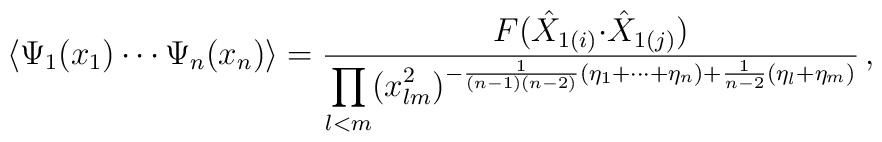
\langle \Psi_{1}(x_{1})\cdots\Psi_{n}(x_{n})\rangle=\displaystyle{\frac{F(\hat{X}_{1(i)}{\cdot\hat{X}_{1(j)}})}{\displaystyle{\prod_{l<m}(x_{lm}^{2})^{-\frac{1}{(n-1)(n-2)}(\eta_{1}+\cdots+\eta_{n})+\frac{1}{n-2}(\eta_{l}+\eta_{m})}}}}\,,